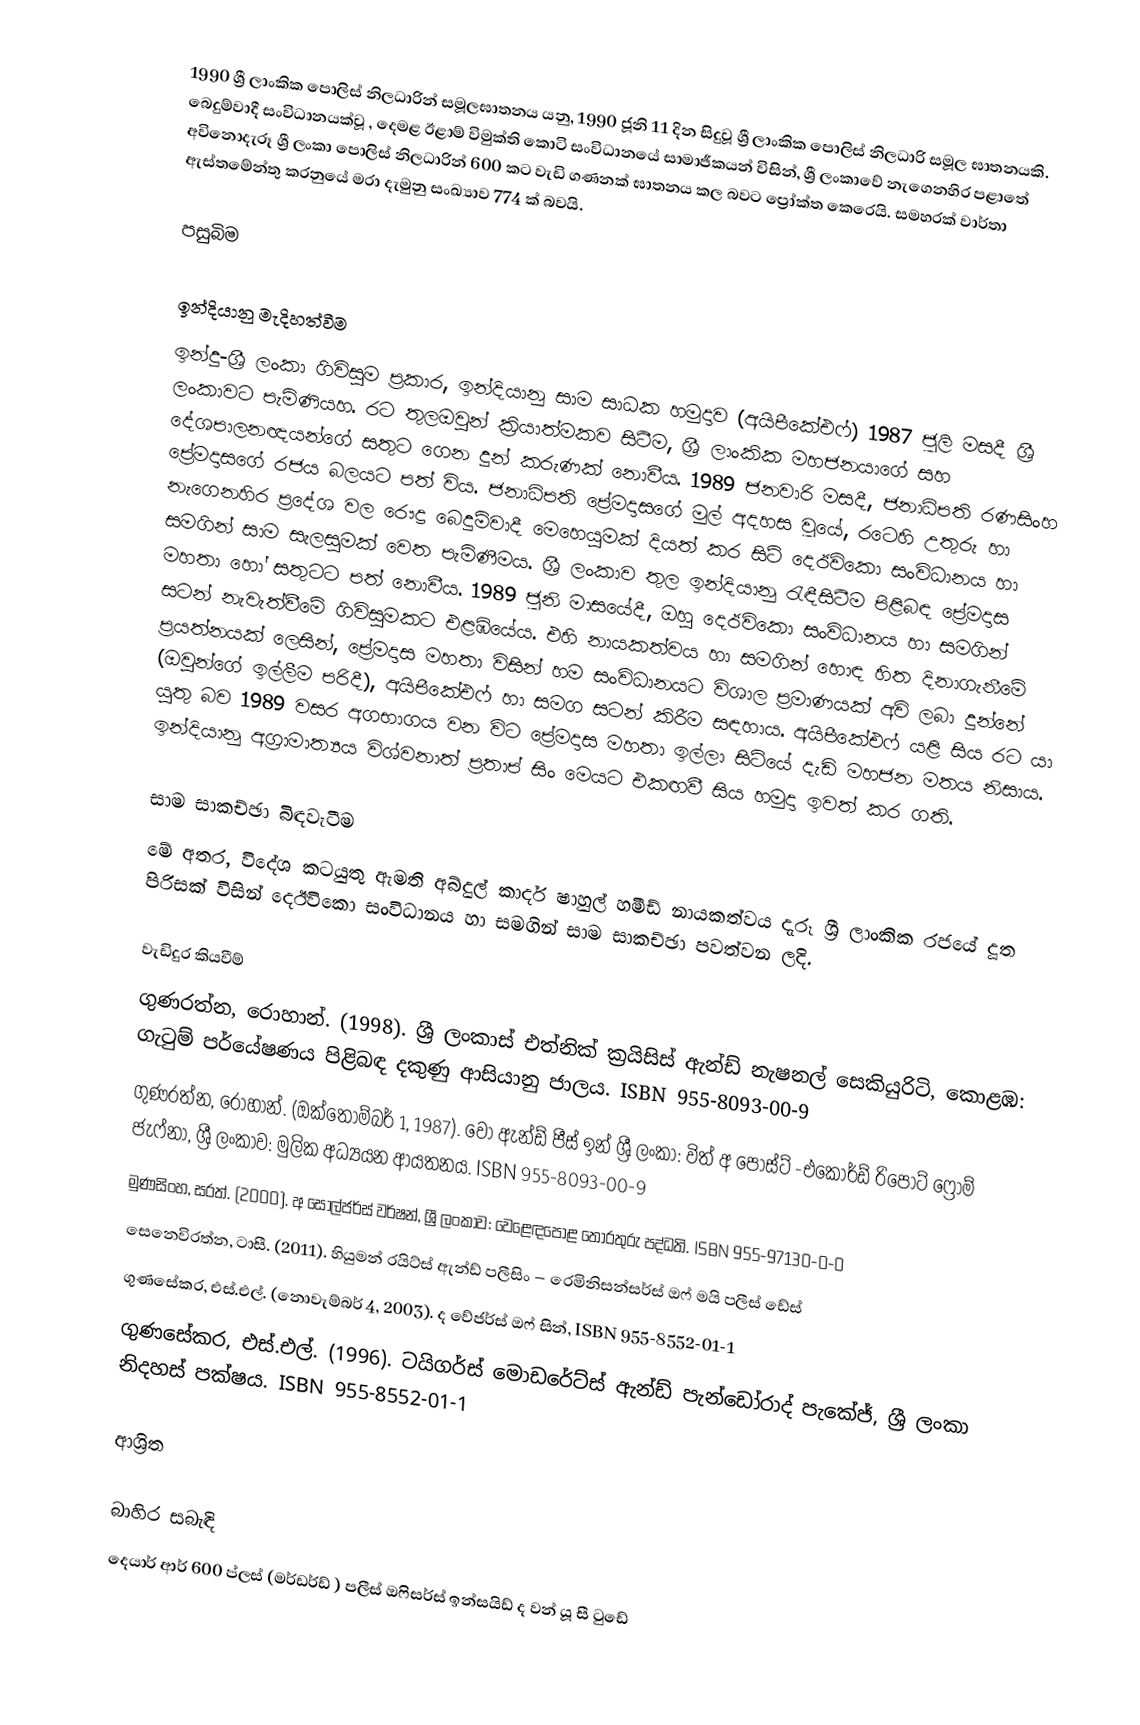
1990 ශ්‍රී ලාංකික පොලිස් නිලධාරින් සමූලඝාතනය යනු, 1990 ජූනි 11 දින සිදුවූ  ශ්‍රී ලාංකික පොලිස් නිලධාරි සමූල ඝාතනයකි. බෙදුම්වාදී  සංවිධානයක්වූ , දෙමළ ඊළාම් විමුක්ති කොටි සංවිධානයේ සාමාජීකයන් විසින්,   ශ්‍රී ලංකාවේ නැගෙනහිර පළාතේ අවිනොදැරූ  ශ්‍රී ලංකා පොලිස් නිලධාරින්  600 කට වැඩි ගණනක් ඝාතනය කල බවට ප්‍රෝක්ත කෙරෙයි. සමහරක් වාර්තා ඇස්තමේන්තු කරනුයේ මරා දැමුනු සංඛ්‍යාව  774 ක් බවයි.

පසුබිම

ඉන්දියානු මැදිහත්වීම
ඉන්දු-ශ්‍රී ලංකා ගිවිසුම ප්‍රකාර, ඉන්දියානු සාම සාධක හමුදාව (අයිපීකේඑෆ්) 1987 ජූලි මසදී ශ්‍රී ලංකාවට පැමිණියහ. රට තුලඔවුන් ක්‍රියාත්මකව සිටීම,  ශ්‍රී ලාංකික මහජනයාගේ සහ දේශපාලනඥයන්ගේ සතුට ගෙන දුන් කරුණක් නොවීය. 1989 ජනවාරි මසදී, ජනාධිපති රණසිංහ ප්‍රේමදාසගේ රජය බලයට පත් විය. ජනාධිපති ප්‍රේමදාසගේ මුල් අදහස වූයේ, රටෙහි උතුරු හා නැගෙනහිර ප්‍රදේශ වල රෞද්‍ර බෙදුම්වාදී මෙහෙයුමක් දියත් කර සිටි දෙඊවිකො සංවිධානය හා සමගින් සාම සැලසුමක් වෙත පැමිණීමය. ශ්‍රී ලංකාව තුල ඉන්දියානු රැඳීසිටීම පිළිබඳ ප්‍රේමදාස මහතා හෝ සතුටට පත් නොවීය. 1989 ජූනි මාසයේදී, ඔහු දෙඊවිකො සංවිධානය හා සමගින්  සටන් නැවැත්වීමේ ගිවිසුමකට එළඹියේය. එහි නායකත්වය හා සමගින් හොඳ හිත දිනාගැනීමේ ප්‍රයත්නයක් ලෙසින්, ‍ප්‍රේමදාස මහතා විසින් හම සංවිධානයට විශාල ප්‍රමාණයක් අවි ලබා දුන්නේ (ඔවුන්ගේ ඉල්ලීම පරිදී), අයිපීකේඑෆ් හා සමග සටන් කිරීම සඳහාය.  අයිපීකේඑෆ් යළි සිය රට යා යුතු බව 1989 වසර අගභාගය වන විට  ප්‍රේමදාස මහතා ඉල්ලා සිටියේ දැඩි මහජන මතය නිසාය. ඉන්දියානු අග්‍රාමාත්‍යය විශ්වනාත් ප්‍රතාප් සිං මෙයට එකඟවී සිය හමුදා ඉවත් කර ගති.

සාම සාකච්ඡා බිඳවැටීම
මේ අතර, විදේශ කටයුතු ඇමති  අබ්දුල් කාදර් ෂාහුල් හමීඩ් නායකත්වය දැරූ ශ්‍රී ලාංකික රජයේ දූත පිරිසක් විසින් දෙඊවිකො සංවිධානය හා සමගින් සාම සාකච්ඡා පවත්වන ලදි.

වැඩිදුර කියවීම්
 ගුණරත්න, රොහාන්. (1998). ශ්‍රී ලංකාස් එත්නික් ක්‍රයිසිස් ඇන්ඩ් නැෂනල් සෙකියුරිටි, කොළඹ: ගැටුම් පර්යේෂණය පිළිබඳ දකුණු ආසියානු ජාලය. ISBN 955-8093-00-9
 ගුණරත්න, රොහාන්. (ඔක්තොම්බර් 1, 1987). වෝ ඇන්ඩ් පීස් ඉන් ශ්‍රී ලංකා: විත් අ පෝස්ට් -එකෝර්ඩ් රිපෝට් ෆ්‍රොම් ජැෆ්නා, ශ්‍රී ලංකාව: මුලික අධ්‍යයන ආයතනය. ISBN 955-8093-00-9
 මුණසිංහ, සරත්. (2000). අ සෝල්ජර්ස් වර්ෂන්, ශ්‍රී ලංකාව: වෙළෙඳපොළ තොරතුරු පද්ධති. ISBN 955-97130-0-0
 සෙනෙවිරත්න, ටාසී. (2011). හියුමන් රයිට්ස් ඇන්ඩ් පලීසිං – රෙමිනිසන්සර්ස් ඔෆ් මයි පලීස් ඩේස්
 ගුණසේකර, එස්.එල්. (නොවැම්බර්  4, 2003). ද වේජර්ස් ඔෆ් සින්, ISBN 955-8552-01-1
 ගුණසේකර, එස්.එල්. (1996). ටයිගර්ස් මොඩරේට්ස් ඇන්ඩ් පැන්ඩෝරාද් පැකේජ්, ශ්‍රී ලංකා නිදහස් පක්ෂය. ISBN 955-8552-01-1

ආශ්‍රිත

බාහිර සබැඳි
දෙයාර් ආර් 600 ප්ලස්  (මර්ඩර්ඩ් ) පලීස් ඔෆිසර්ස් ඉන්සයිඩ් ද වන් යූ සී ටුඩේ